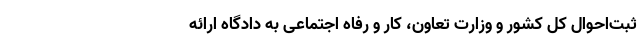
ثبت‌احوال کل کشور و وزارت تعاون، کار و رفاه اجتماعی به دادگاه ارائه